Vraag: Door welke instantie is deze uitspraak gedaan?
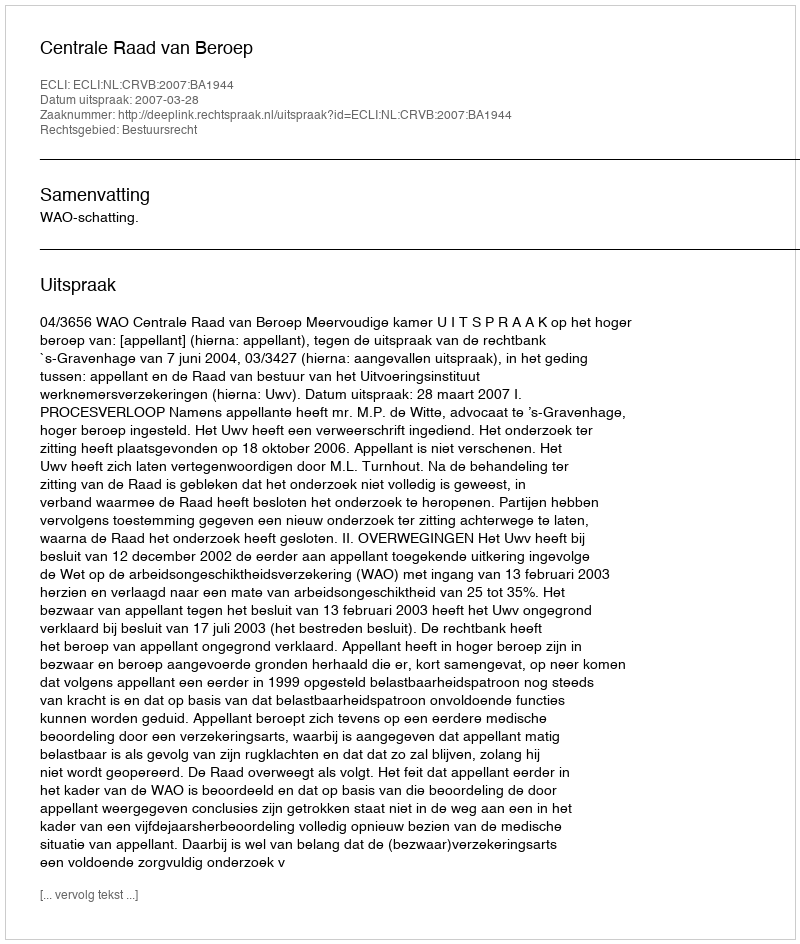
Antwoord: Centrale Raad van Beroep